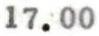
17.00